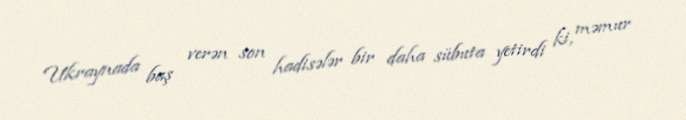
Ukraynada baş verən son hadisələr bir daha sübuta yetirdi ki, məmur